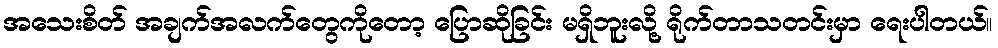
အသေးစိတ် အချက်အလက်တွေကိုတော့ ပြောဆိုခြင်း မရှိဘူးလို့ ရိုက်တာသတင်းမှာ ရေးပါတယ်။